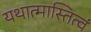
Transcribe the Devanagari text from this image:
यथात्मास्तित्वं